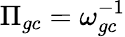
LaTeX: \Pi_{gc}=\omega_{gc}^{-1}